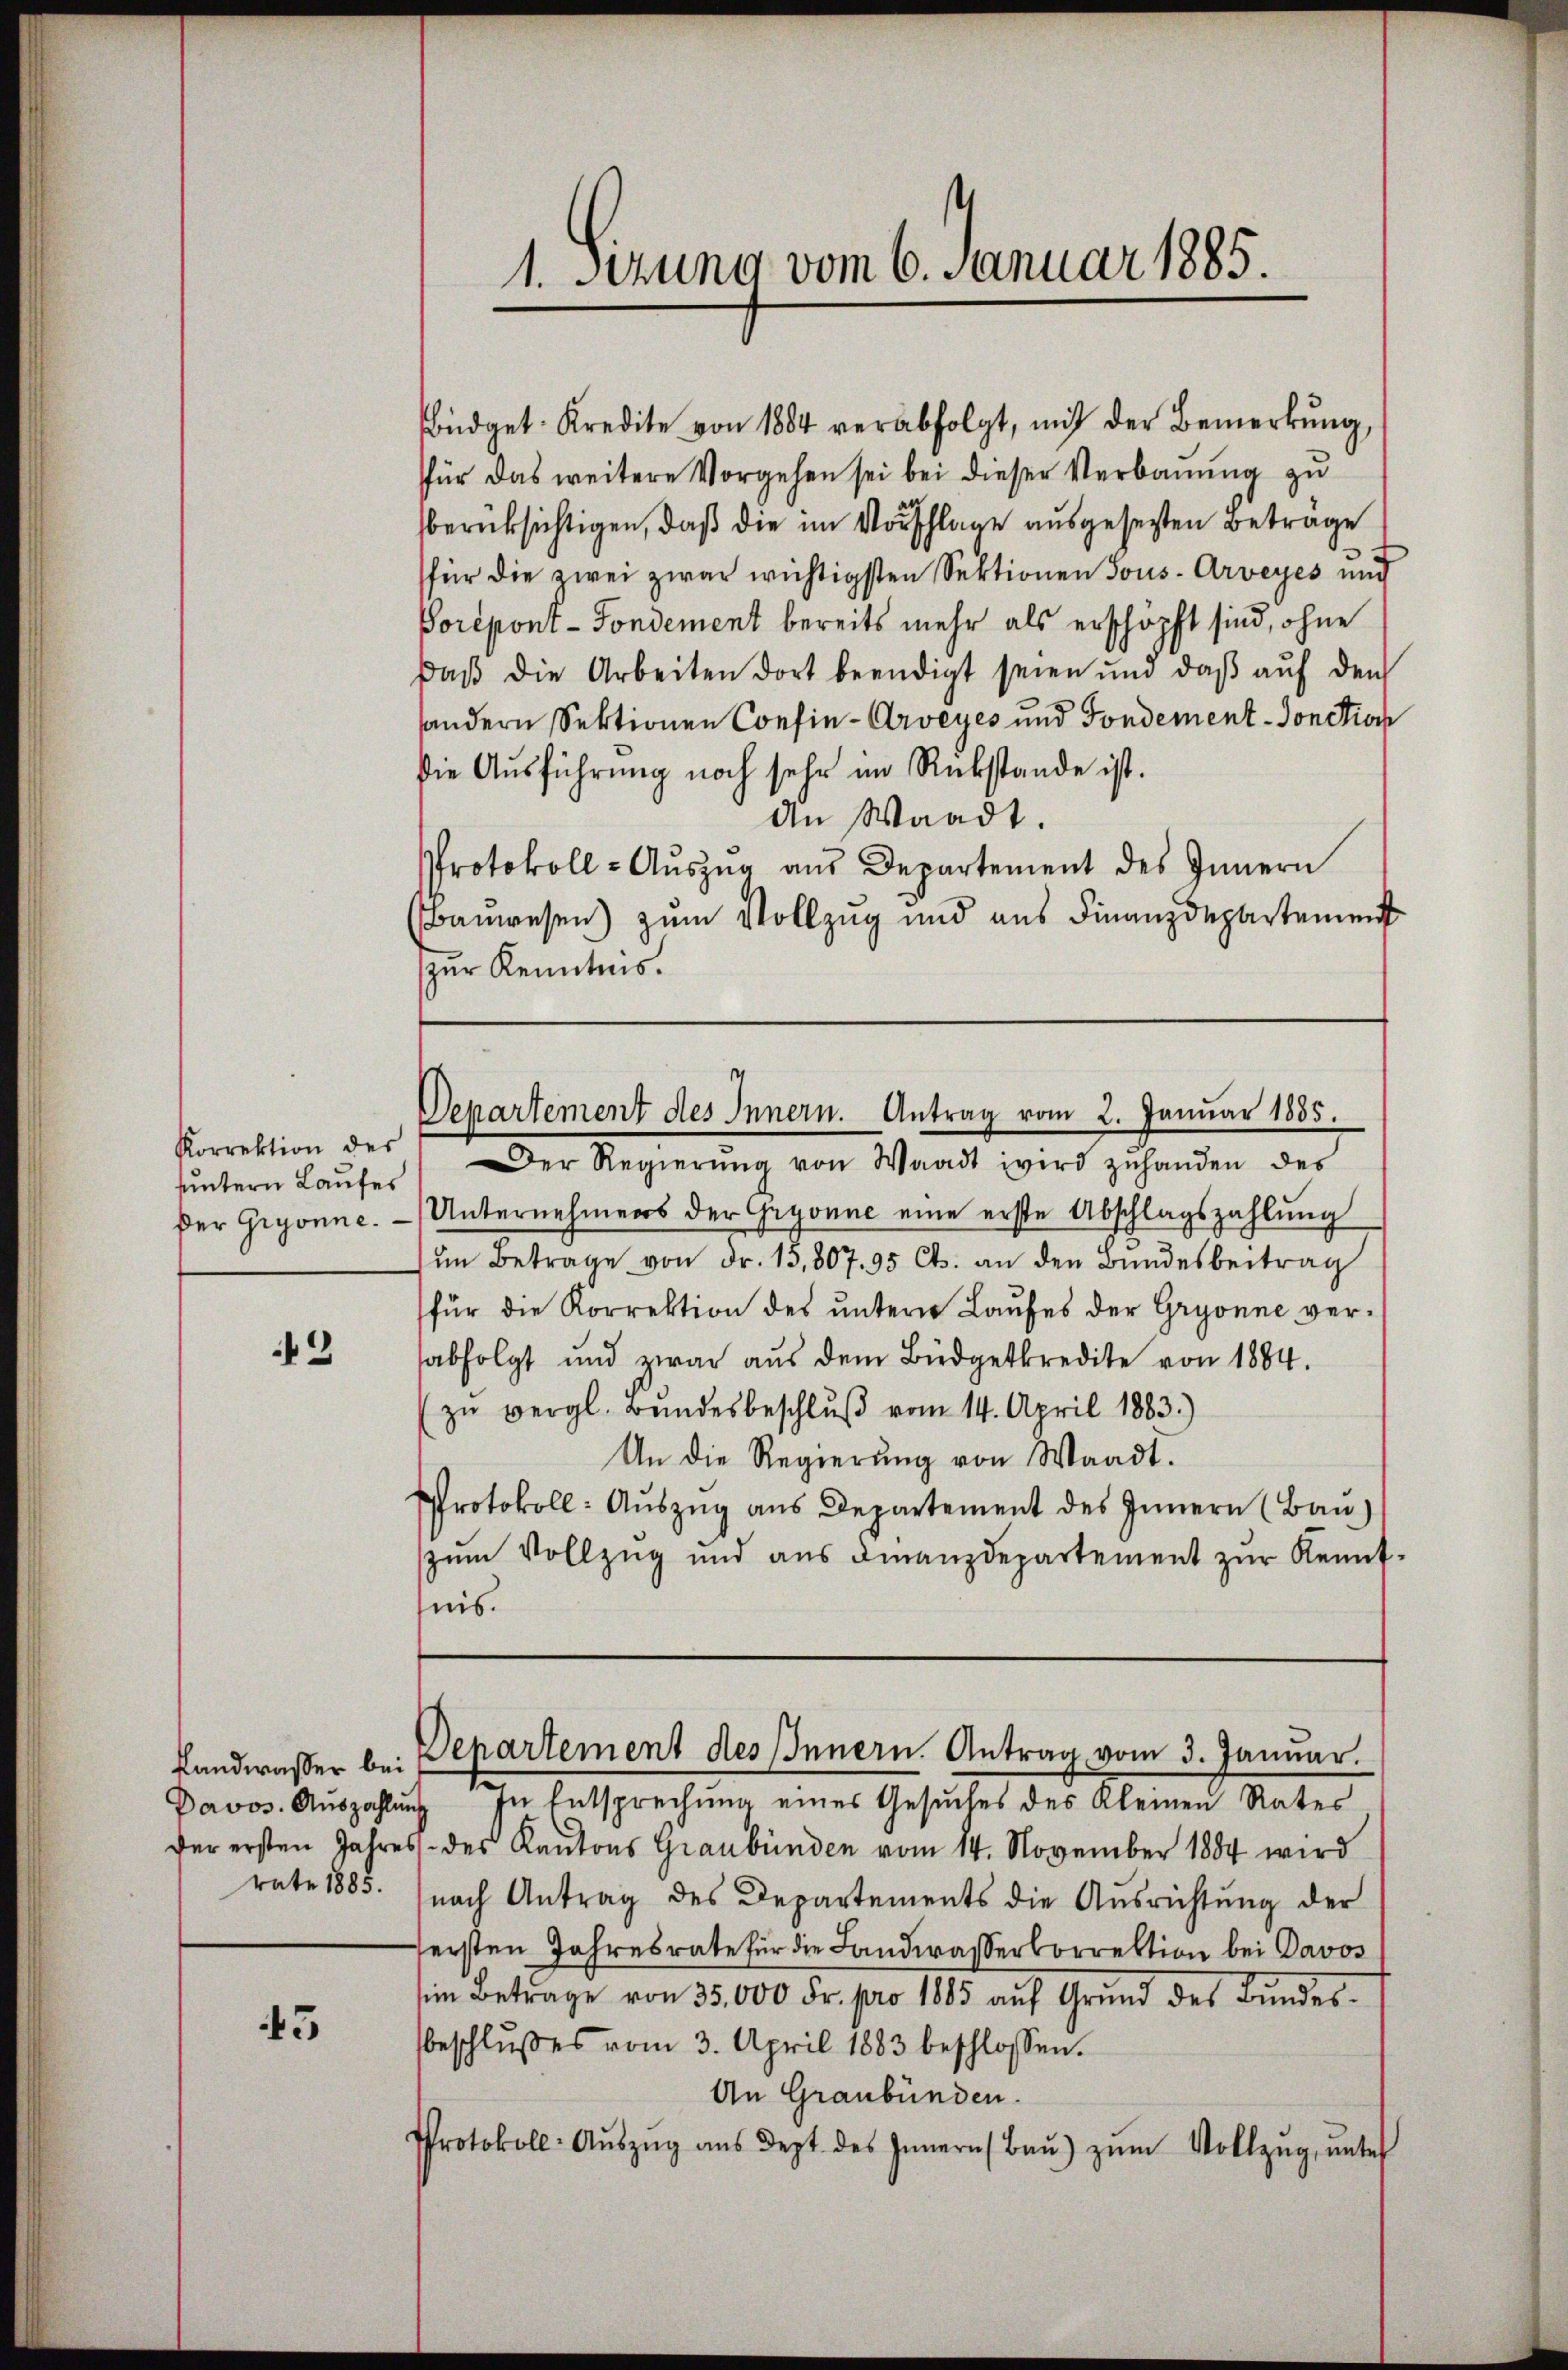
Korrektion des
suntern Laufes
Der Gryonne.

2

rate 1885.

43

1. Setzung vom 6. Januar 1885.

büdget Kredite von 1884 verabfolgt, mit der Bemerkŭng,
für das weitere Vorgehen sei bei dieser Verbauung zu
berüksichtigen, daß die im Vorschlage ausgesetzten Beträge
für die zwei zwar wichtigsten Sektionen Tous-Arveyes und
Porépont-Fondement bereits mehr als erschöpft sind, ohne
Daß die Arbeiten dort beendigt seien und daβ aŭf den
sondern Sektionen Confin- Arveyes und Fondement-Sonction
Die Aŭsführung noch sehr im Rükstande ist.
An Waadt.
Protokoll-Aŭszŭg aŭs Departement des Innern
Bauwesen) zum Vollzug und aus Finanzdepartement
zur Kenntnis.
Departement des Innern. Antrag vom 2. Januar 1885.
Der Regierŭng von Waadt wird zŭhanden des
Unternehmens der Gryonne eine erste Abschlagszahlŭng
im Betrage von dr. 13,307. 95 Cts. an den Bŭndesbeitrag
für die Korrektion des ŭntern Laufes der Gryonne verabfolgt und zwar aŭs dem Büdgetkredite von 1884.
zŭ vergl. Bŭndesbeschlŭβ vom 14. April 1883.)
An die Regierung von Waadt.
Protokoll: Auszug aus Departement des Innern (Bau)
zŭm Vollzug und ans Finanzdepartement zŭr Kennt-
nis.

Davos. Aŭszahlŭng in Entsprechŭng eines Gesŭches des Kleinen Rates
der ersten Jahres des Kantons Graubünden vom 14. November 1884 wird
nach Antrag des Departements die Ausrichtung der
sersten Jahresrate für die Landwasserkorrektion bei Davos
in Betrage von 35,000 Fr. pro 1885 aŭf Grŭnd des Bŭndes-
beschlŭsses vom 3. April 1883 beschlossen.
An Graubünden.
Protokoll- Aŭszŭg aŭs dept. des Innern (Baŭ) zŭm Vollzŭg ŭnter

Landwasser bei Departement des Innern. Antrag vom 3. Januar.